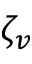
\zeta _ { v }